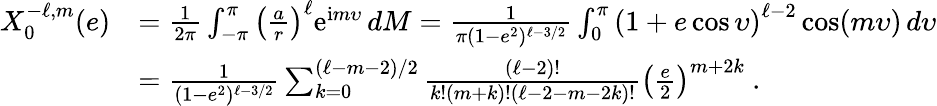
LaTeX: \begin{array}{rl}{X_{0}^{-\ell,m}(e)}&{=\frac{1}{2\pi}\int_{-\pi}^{\pi}\left(\frac{a}{r}\right)^{\ell}\mathrm{e}^{\mathrm{i}m\upsilon}\, dM=\frac{1}{\pi(1-e^{2})^{\ell-3/2}}\int_{0}^{\pi}\left(1+e\cos\upsilon\right)^{\ell-2}\cos(m\upsilon)\, d\upsilon}\\ &{=\frac{1}{(1-e^{2})^{\ell-3/2}}\sum_{k=0}^{(\ell-m-2)/2}\frac{(\ell-2)!}{k!(m+k)!(\ell-2-m-2k)!}\left(\frac{e}{2}\right)^{m+2k}\ .}\end{array}